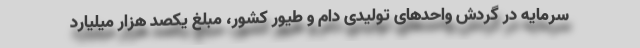
سرمایه در گردش واحدهای تولیدی دام و طیور کشور، مبلغ یکصد هزار میلیارد